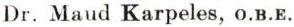
Dr. Maud Karpeles, O.B.E.